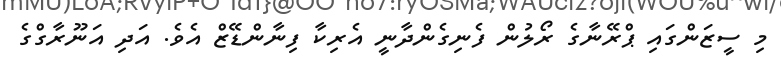
މި ސީޒަންގައި ޕްރޭނާގެ ރޯލުން ފެނިގެންދާނީ އެރިކާ ފިނާންޑޭޒް އެވެ. އަދި އަނޫރާގްގެ